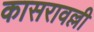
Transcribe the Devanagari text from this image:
कासरावल्ली